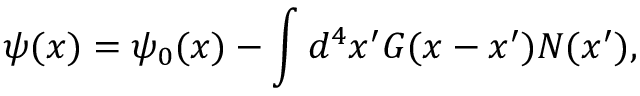
\psi ( x ) = \psi _ { 0 } ( x ) - \int d ^ { 4 } x ^ { \prime } G ( x - x ^ { \prime } ) { \cal N } ( x ^ { \prime } ) ,